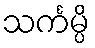
သင်္ကမ္ပိ